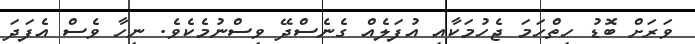
ވަރަށް ބޮޑު ހިތްހަމަ ޖެހުމަކާއި އުފަލެއް ގެނެސްދޭ ވިސްނުމެކެވެ. ނިހާ ވެސް އެފަދަ